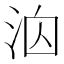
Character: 𪵻